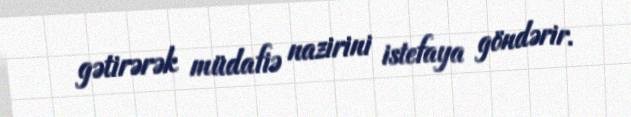
gətirərək müdafiə nazirini istefaya göndərir.